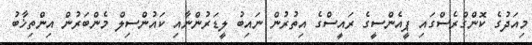
މިއަދުގެ ކޮންގްރެސްގައި ޕީއެންސީގެ ރައީސްގެ އިތުރުން ނައިބު ލީޑަރުންނާއި ކައުންސިލް މެންބަރުން އިންތިޚާބު